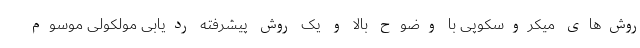
روش‌های میکروسکوپی با وضوح بالا و یک روش پیشرفته ردیابی مولکولی موسوم